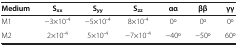
| Medium | Sxx | Syy | Szz | αα | ββ | γγ |
 | --- | --- | --- | --- | --- | --- | --- |
 | M1 | −3×10-4 | −5×10-4 | 8×10-4 | 0o | 0o | 0o |
 | M2 | 2×10-4 | 5×10-4 | −7×10-4 | −40o | −50o | 60o |